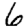
Digit: 6